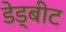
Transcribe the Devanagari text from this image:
डेड्बीट